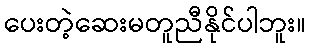
ပေးတဲ့ဆေးမတူညီနိုင်ပါဘူး။